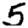
Digit: 5